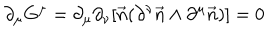
LaTeX: \partial _ { \mu } G ^ { \mu } = \partial _ { \mu } \partial _ { \nu } [ \vec { n } ( \partial ^ { \nu } \vec { n } \wedge \partial ^ { \mu } \vec { n } ) ] = 0